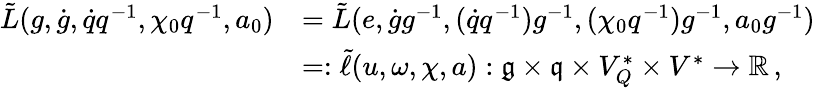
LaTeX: \begin{array}{rl}{\tilde{L}(g,\dot{g},\dot{q}q^{-1},\chi_{0}q^{-1},a_{0})}&{=\tilde{L}(e,\dot{g}g^{-1},(\dot{q}q^{-1})g^{-1},(\chi_{0}q^{-1})g^{-1},a_{0}g^{-1})}\\ &{=:\tilde{\ell}(u,\omega,\chi,a):\mathfrak{g}\times\mathfrak{q}\times V_{Q}^{*}\times V^{*}\rightarrow\mathbb{R}\, ,}\end{array}